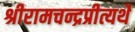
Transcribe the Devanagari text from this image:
श्रीरामचन्द्रप्रीत्यर्थे